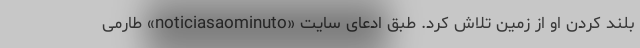
بلند کردن او از زمین تلاش کرد. طبق ادعای سایت «noticiasaominuto» طارمی